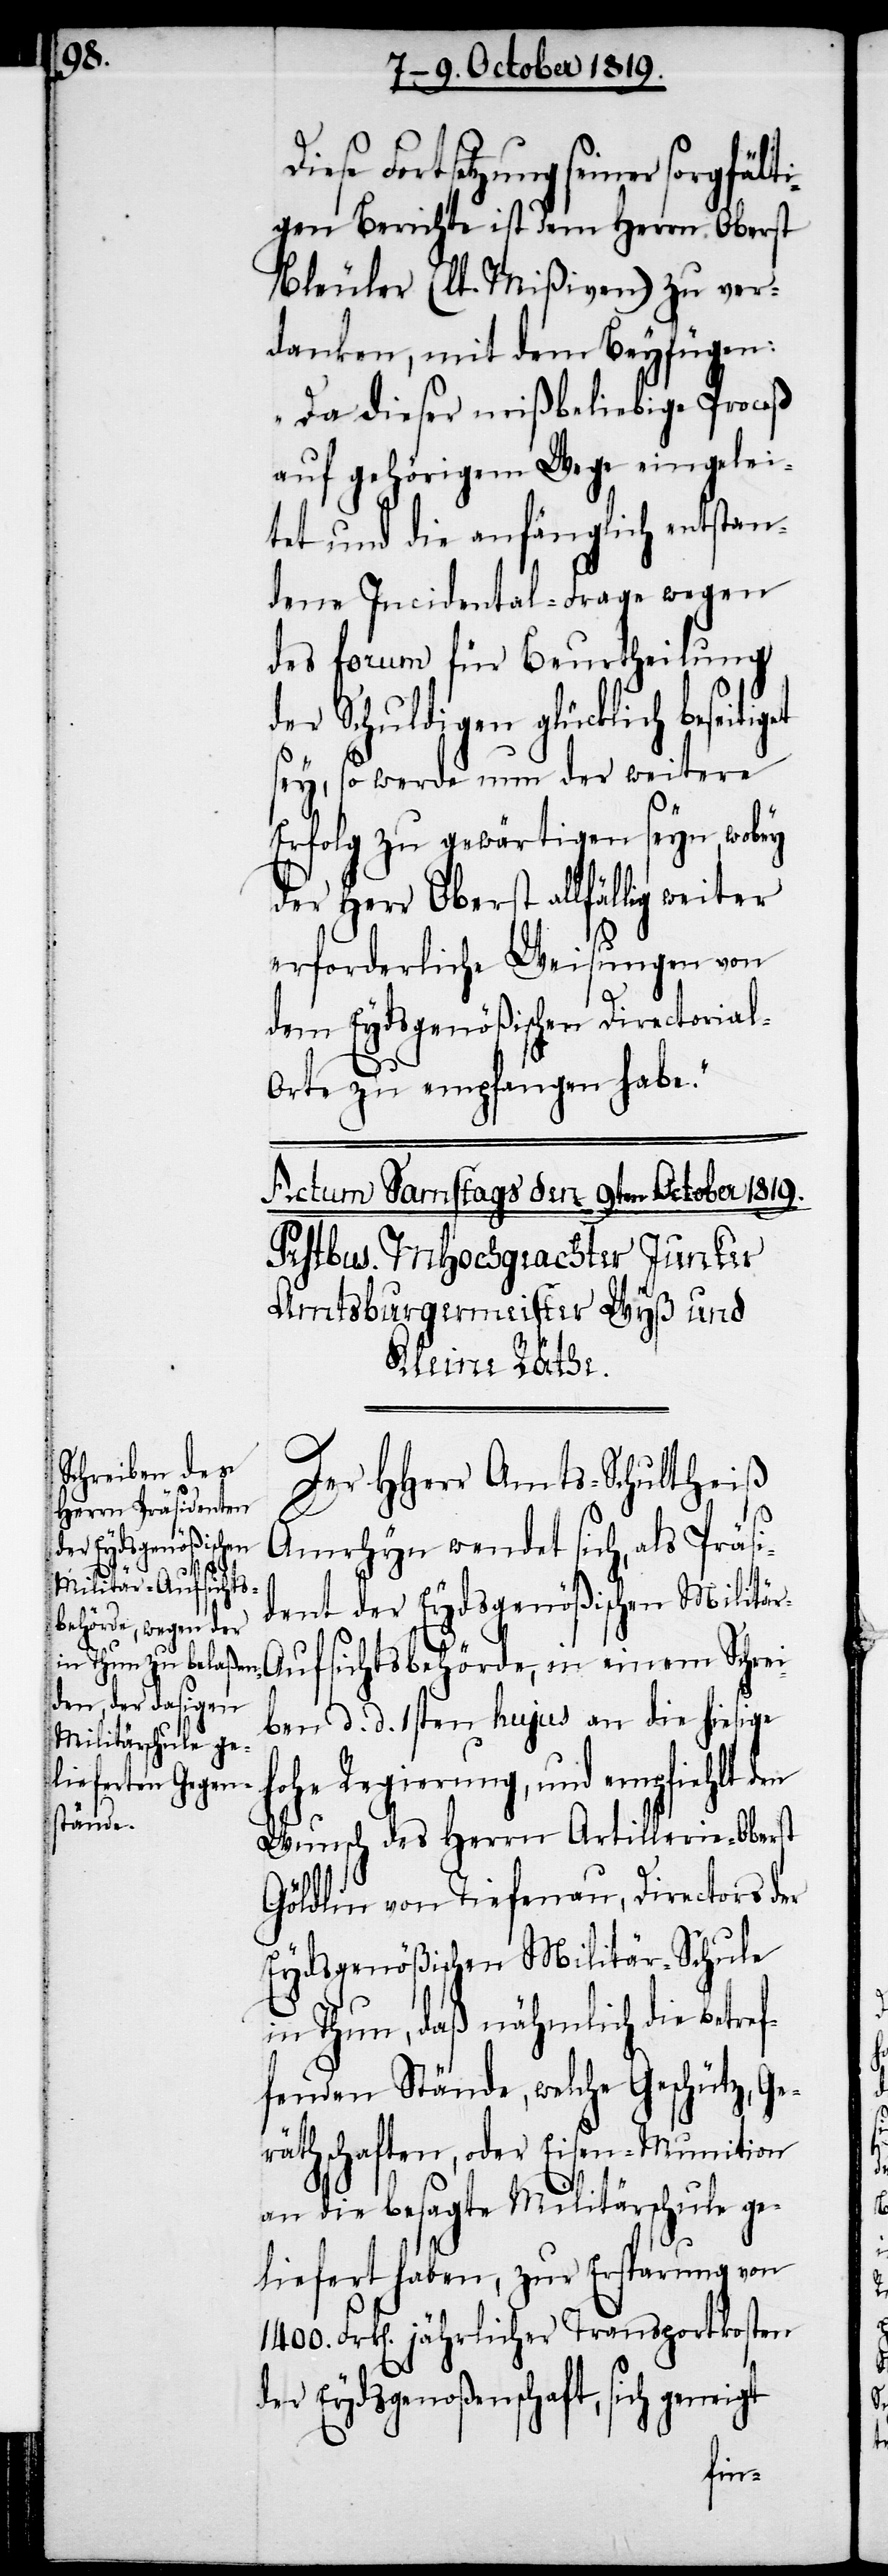
d¬
Diese Fortsetzung seiner sorgfält¬
igen Berichte ist dem Herrn Oberst
Bleuler (lt. Mißiven) zu ver¬
danken, mit dem Beyfügen:
„Da dieser mißbeliebige Proceß
auf gehörigem Wege eingelei¬
tet und die anfänglich entstan¬
dene Incidental-Frage wegen
des forum für Beurtheilung
der Schuldigen glücklich beseitig¬
sey, so werde nun der weitere
Erfolg zu gewärtigen seyn, wobey
der Herr Oberst allfällig weiter
erforderliche Weisungen von
dem Eydsgenößischen Directorial-O¬
rte zu empfangen habe.“
Der HHerr Amts-Schultheiß
et
Amrhyn wendet sich, als Präsi¬
dent der Eydsgenößischen Militä¬
r-Aufsichtsbehörde, in einem Schrei¬
ben d. d. 1sten hujus an die hiesige
hohe Regierung, und empfiehlt
Wunsch des Herrn Artillerie-Oberst
Göldlin von Tiefenau, Directors der
Eydsgenößischen Militär-Schule
in Thun, daß nähmlich die betref¬
fenden Stände, welche Geschütz, Ge¬
räthschaften, oder Eisen-Munition
an die besagte Militärschule ge¬
liefert haben, zur Ersparung von
1400. Frk[en]. jährlicher Transportkosten
er Eydsgenoßenschaft, sich gen¬
eigt